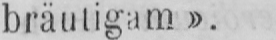
bräutigam».